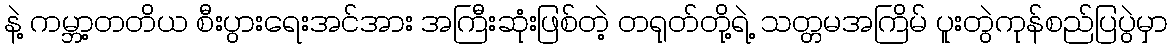
နဲ့ ကမ္ဘာ့တတိယ စီးပွားရေးအင်အား အကြီးဆုံးဖြစ်တဲ့ တရုတ်တို့ရဲ့ သတ္တမအကြိမ် ပူးတွဲကုန်စည်ပြပွဲမှာ